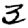
Digit: 3